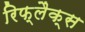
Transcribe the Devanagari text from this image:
रिफ्लैक्‍स